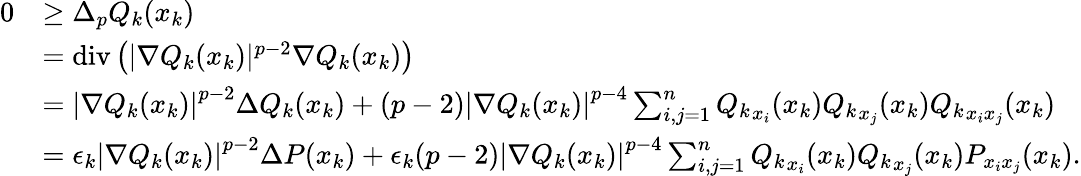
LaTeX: \begin{array}{rl}{0}&{\geq\Delta_{p}Q_{k}(x_{k})}\\ &{=\mathrm{div}\left(|\nabla Q_{k}(x_{k})|^{p-2}\nabla Q_{k}(x_{k})\right)}\\ &{=\left|\nabla Q_{k}(x_{k})\right|^{p-2}\Delta Q_{k}(x_{k})+(p-2)\left|\nabla Q_{k}(x_{k})\right|^{p-4}\sum_{i,j=1}^{n}{Q_{k}}_{x_{i}}(x_{k}){Q_{k}}_{x_{j}}(x_{k}){Q_{k}}_{x_{i}x_{j}}(x_{k})}\\ &{=\epsilon_{k}\left|\nabla Q_{k}(x_{k})\right|^{p-2}\Delta P(x_{k})+\epsilon_{k}(p-2)\left|\nabla Q_{k}(x_{k})\right|^{p-4}\sum_{i,j=1}^{n}{Q_{k}}_{x_{i}}(x_{k}){Q_{k}}_{x_{j}}(x_{k}){P}_{x_{i}x_{j}}(x_{k}).}\end{array}